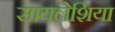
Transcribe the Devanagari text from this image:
सायलेशिया